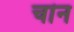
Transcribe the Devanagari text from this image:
चांन